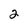
Character: 2